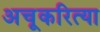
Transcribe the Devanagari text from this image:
अचूकरित्या